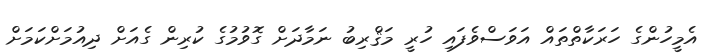
އެމީހުންގެ ހަރަކާތްތައް އަވަސްވެފައި ހުރީ މަޤްރިބު ނަމާދަށް ގޮވުމުގެ ކުރިން ގެއަށް ދިއުމަށްކަމަށް